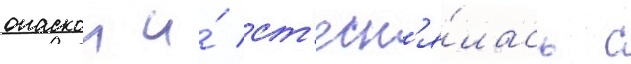
опаскои и́ ст'есн'я́лась с